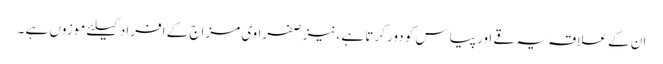
ان کے علاقہ یہ قے اور پیاس کو دور کرتا ہے ،نیز صفراوی مزاج کے افراد کیلئے موزوں ہے ۔